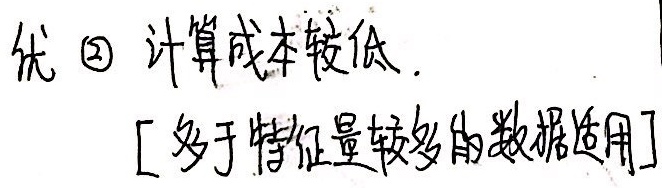
优 \textcircled{2} 计算成本较低.
[多于特征量较多的数据适用]